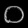
Digit: ၀